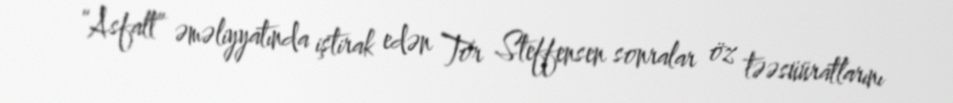
“Asfalt” əməliyyatında iştirak edən Tor Steffensen sonralar öz təəsüüratlarını